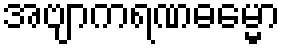
အဗျာကရဏဓမ္မော